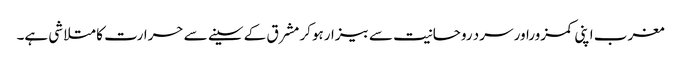
مغرب اپنی کمزوراور سرد روحانیت سے بیزارہوکر مشرق کے سینے سے حرارت کا متلاشی ہے۔